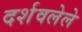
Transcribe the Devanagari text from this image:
दर्शवलेले